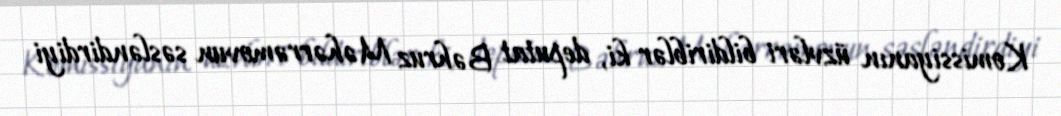
Komissiyanın üzvləri bildiriblər ki, deputat Bəhruz Məhərrəmovun səsləndirdiyi